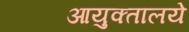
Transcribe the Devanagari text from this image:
आयुक्तालये